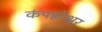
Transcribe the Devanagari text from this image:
कंपहरेश्वर